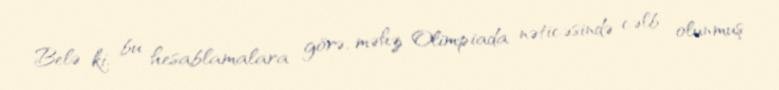
Belə ki, bu hesablamalara görə, məhz Olimpiada nəticəsində cəlb olunmuş